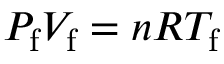
P _ { \mathrm { f } } V _ { \mathrm { f } } = n R T _ { \mathrm { f } }